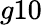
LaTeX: g10